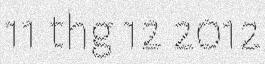
11 thg 12 2012